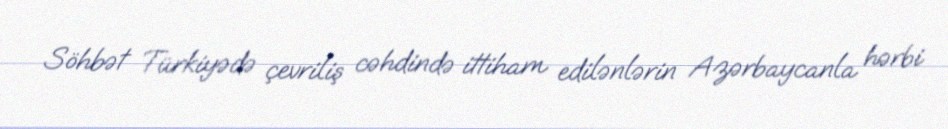
Söhbət Türkiyədə çevriliş cəhdində ittiham edilənlərin Azərbaycanla hərbi